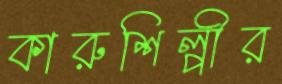
কারুশিল্পীর